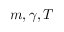
m , \gamma , T